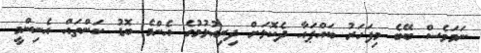
ނަމަވެސް ބޭބެ މިފަހަރު ބައްޕައާ ދެކޮޅަށް ދިރިއުޅުމުގެ އެންމެ ބޮޑު ކަންތައް އެނިންމީ